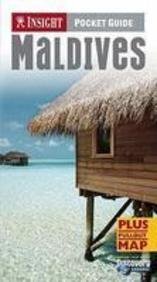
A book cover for Maldives Insight Pocket Guide; *             ; Travel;